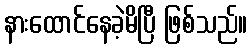
နားထောင်နေခဲ့မိပြီ ဖြစ်သည်။